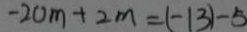
- 2 0 m + 2 m = ( - 1 3 ) - 5